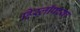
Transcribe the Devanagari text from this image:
हिस्लॉपच्या